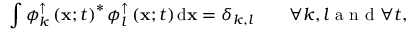
\int { \phi _ { k } ^ { \uparrow } \left( { \bf x } ; t \right) ^ { * } \phi _ { l } ^ { \uparrow } \left( { \bf x } ; t \right) \mathrm { d } { \bf x } } = \delta _ { k , l } \qquad \forall k , l \textrm { a n d } \forall t ,